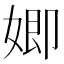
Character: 𮱍